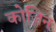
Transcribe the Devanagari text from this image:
कोज़िन